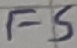
Text: FS